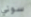
سوني